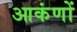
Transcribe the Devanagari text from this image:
आकंणों